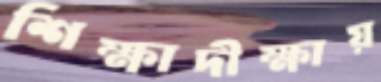
শিক্ষাদীক্ষায়